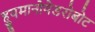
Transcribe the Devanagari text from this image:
ह्युमानोयेडरोबोट